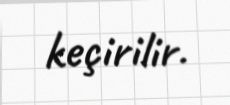
keçirilir.